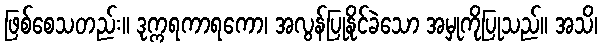
ဖြစ်စေသတည်း။ ဒုက္ကရကာရကော၊ အလွန်ပြုနိုင်ခဲသော အမှုကိုပြုသည်။ အသိ၊